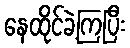
နေထိုင်ခဲ့ကြပြီး